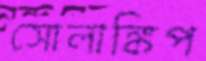
সোলাঙ্কিপ